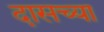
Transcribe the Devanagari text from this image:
दासच्या